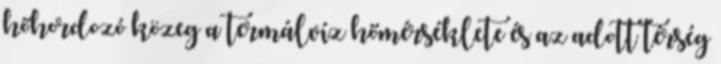
hőhordozó közeg a termálvíz hőmérséklete és az adott térség